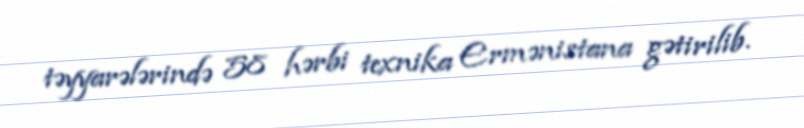
təyyarələrində 58 hərbi texnika Ermənistana gətirilib.